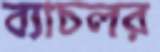
ব্যাচলর